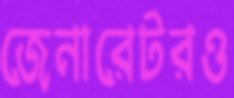
জেনারেটরও